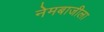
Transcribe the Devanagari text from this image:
नेमबाजीला